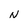
Character: N